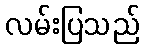
လမ်းပြသည်